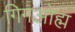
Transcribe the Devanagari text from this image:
गिगओह्म